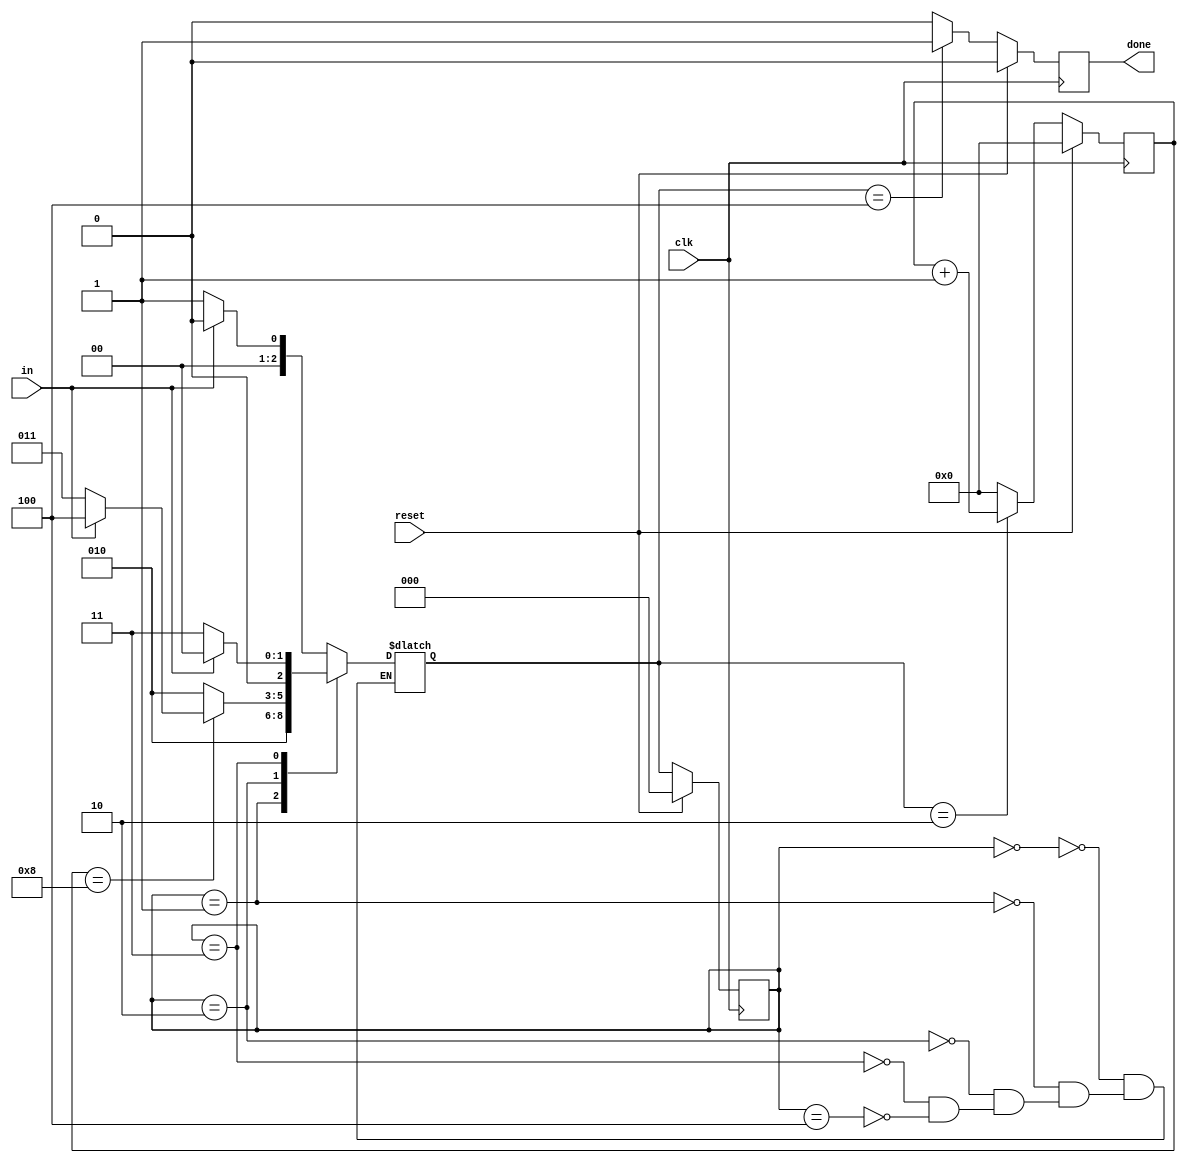
module top_module(
    input clk,
    input in,
    input reset,    // Synchronous reset
    output done
); 

    localparam [2:0] IDLE = 3'b000,
                     START = 3'b001,
                     TRANSMIT = 3'b010,
                     WAIT = 3'b011,
                     STOP = 3'b100;
               
    reg [2:0] state, next_state;
    reg [3:0] i;
    
    always @(*)  begin
        case(state)
            IDLE : next_state = in? IDLE:START;
            START: next_state = TRANSMIT;
            TRANSMIT: begin
                if(i==8)   begin
                    if(in)
                        next_state = STOP;
                    else
                        next_state = WAIT;
                end
                else
                    next_state = TRANSMIT;
            end
            WAIT : next_state = in? IDLE : WAIT;
            STOP : next_state = in? IDLE : START;
        endcase
    end
    
    always @(posedge clk)   begin
        if(reset)
            state <= IDLE;
        else
            state <= next_state;
    end
    
    always @(posedge clk)  begin
        if(reset)  begin
           done <= 0;
            i <= 0;
        end
        else     begin
            case(next_state)
                TRANSMIT: begin
                   done <= 0;
                    i <= i+1;
                end
                STOP:  begin
                   done <= 1;
                   i <= 0;
                end
                default:  begin
                    done <= 0;
                    i <= 0;
                end
            endcase
        end
    end

endmodule